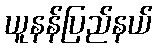
ယူနန်ပြည်နယ်